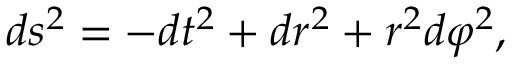
d s ^ { 2 } = - d t ^ { 2 } + d r ^ { 2 } + r ^ { 2 } d \varphi ^ { 2 } ,